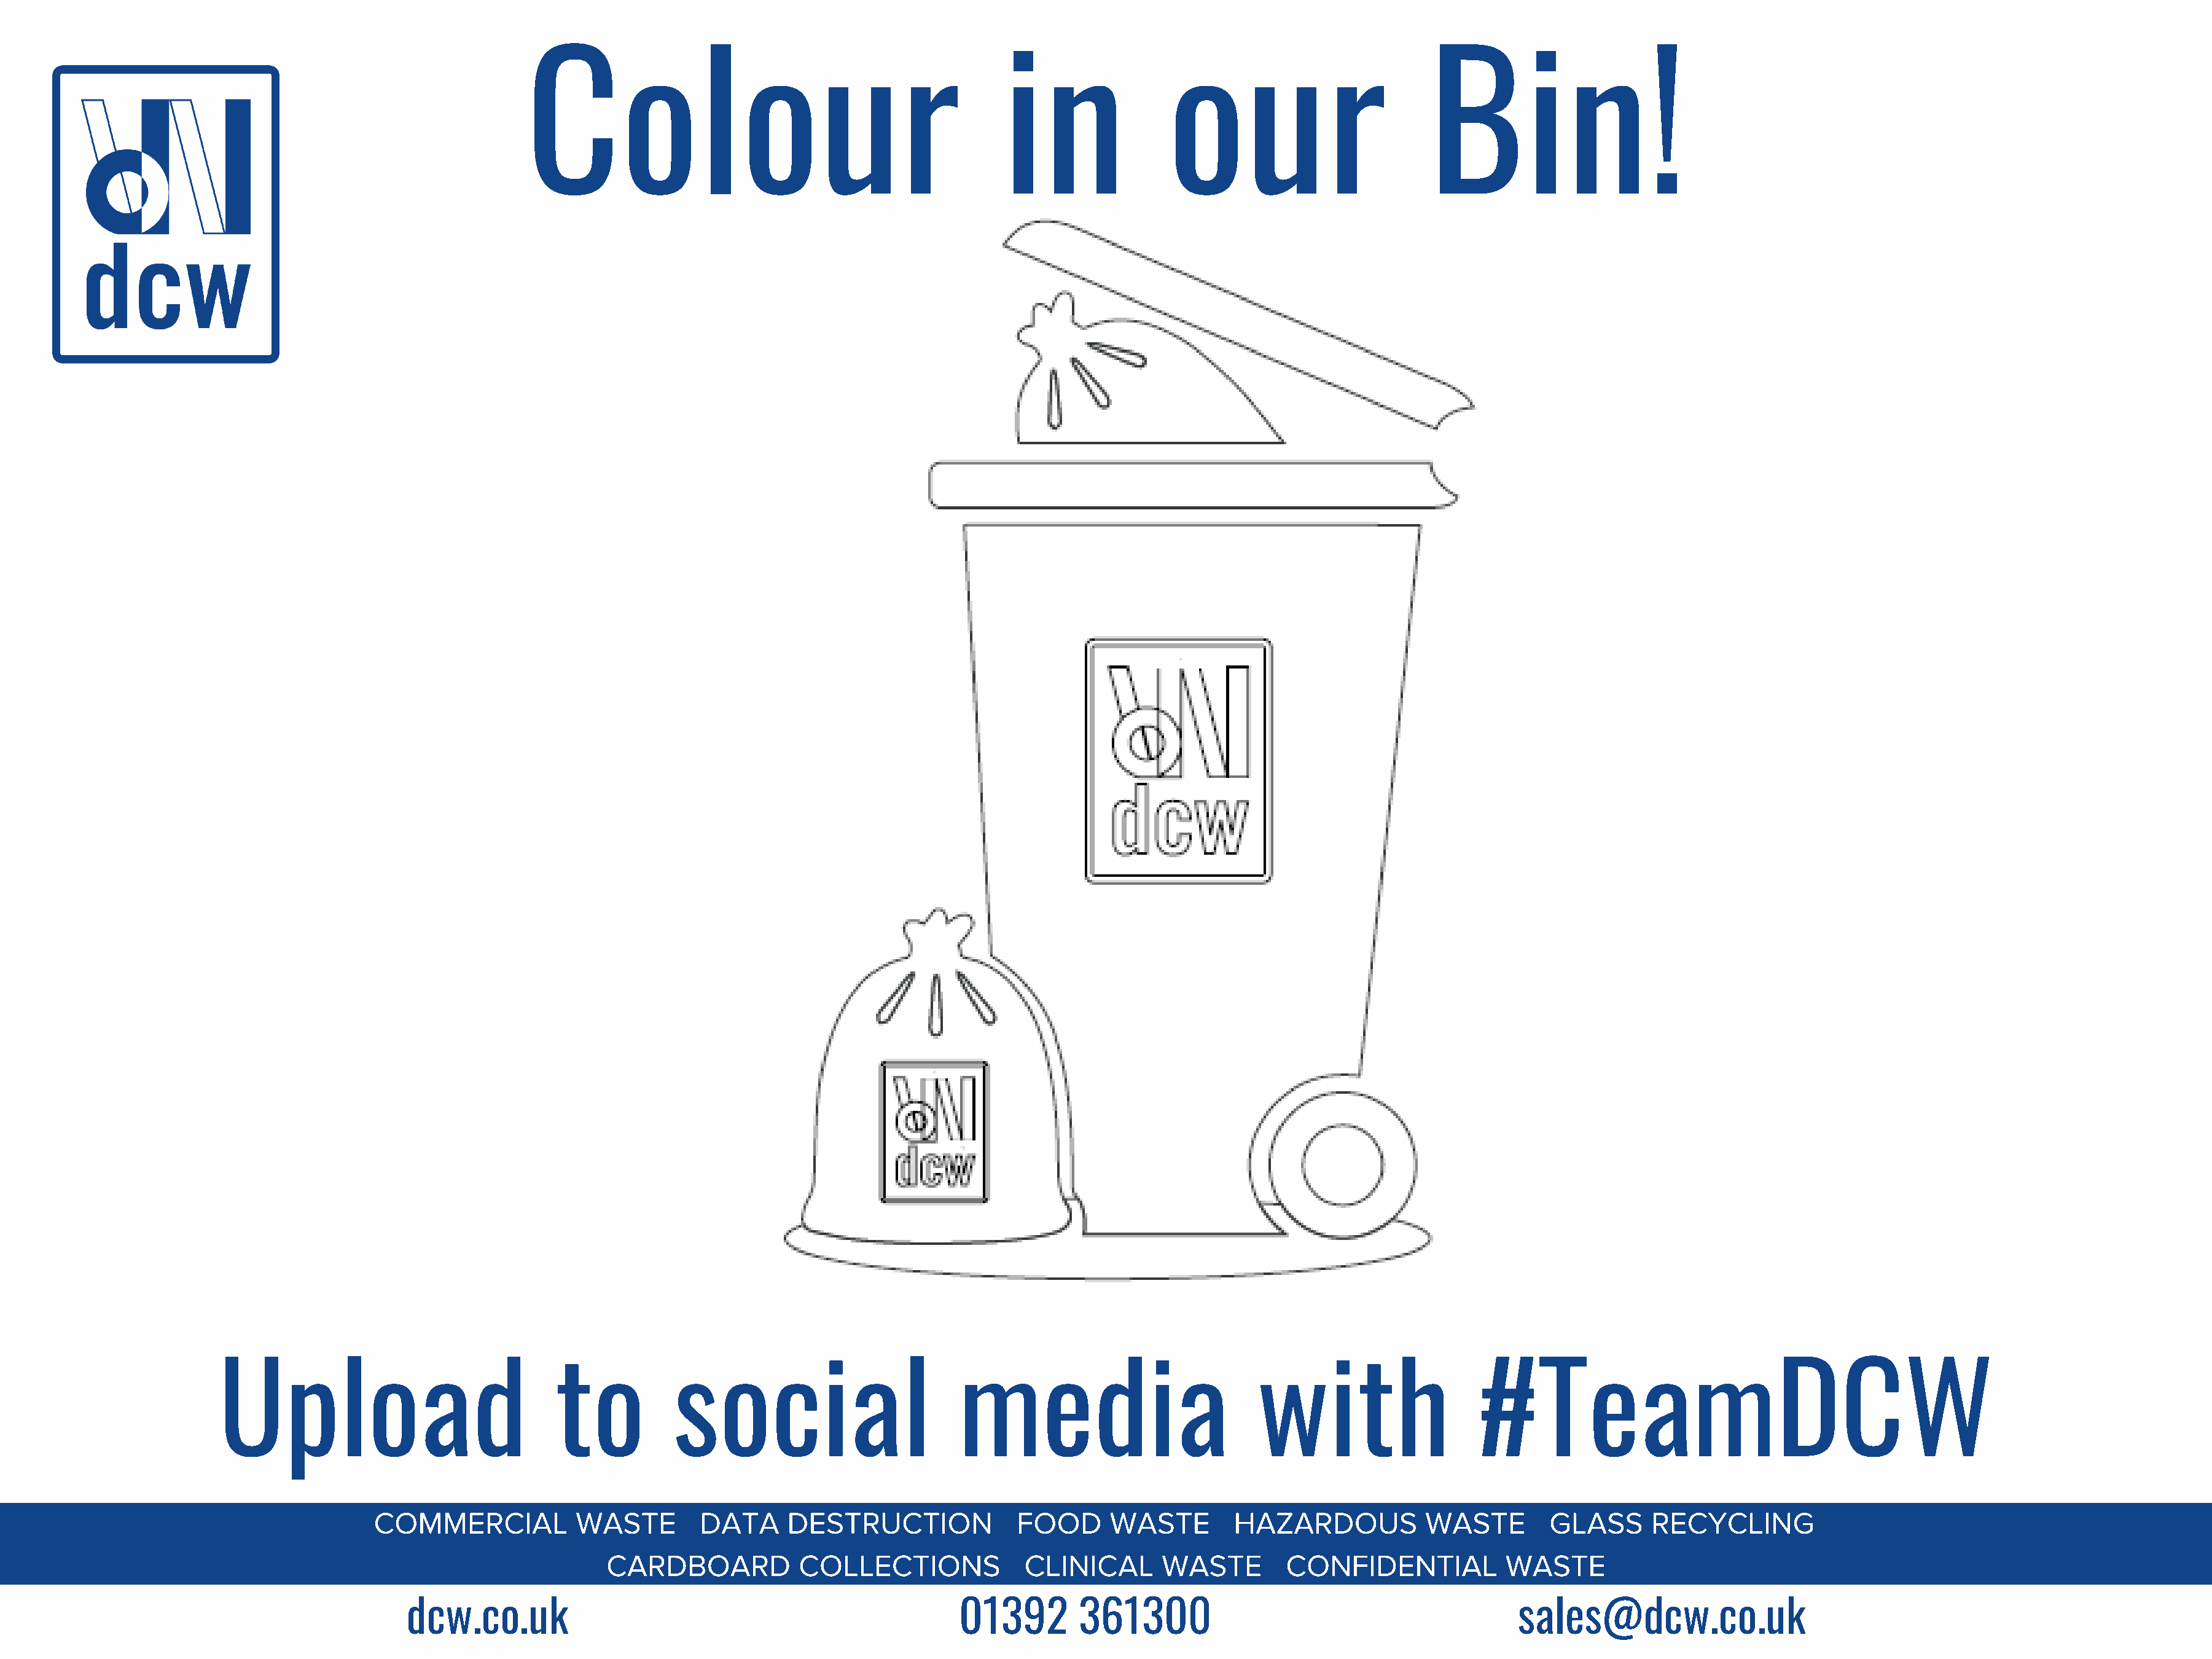
Colour                                             in                our                         Bin!
 Upload                              to           social                        media                           with                    #TeamDCW
 COMMERCIAL            WASTE        DATA      DESTRUCTION              FOOD      WASTE        HAZARDOUS            WASTE        GLASS      RECYCLING
 CARDBOARD            COLLECTIONS             CLINICAL       WASTE         CONFIDENTIAL           WASTE
 dcw.co.uk                                                  01392        361300                                          sales@dcw.co.uk